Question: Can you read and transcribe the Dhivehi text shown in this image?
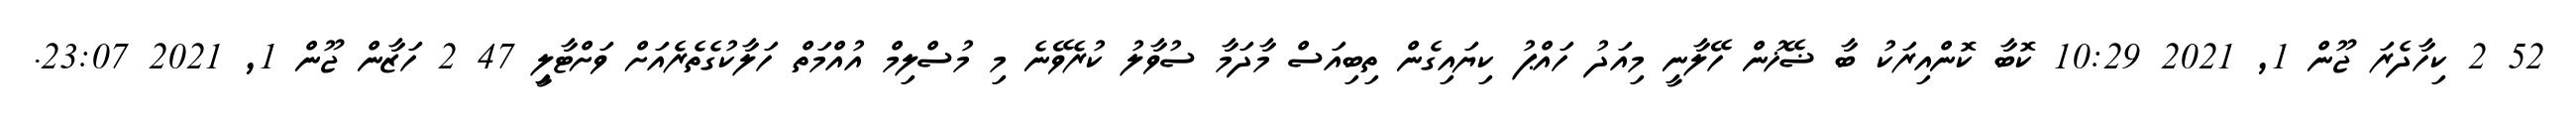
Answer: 52 2 ކިހާދެރަ ޖޫން 1, 2021 10:29 ކޮބާ ކޮންއިރަކު ބާ ޟޭޚުން ހޭލާނީ މިއަދު ހައްޕު ކިޔައިގެން ތިބިއަސް މާދަމާ ސުވާލު ކުރެވޭނެ މި މުސްލިމް އުއްމަތް ހަލާކުގެތެރެއަށް ވަށްޓާލިީ 47 2 ހަޒާން ޖޫން 1, 2021 23:07.